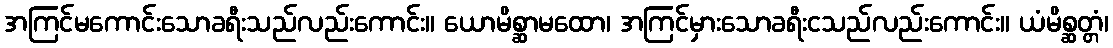
အကြင်မကောင်းသောခရီးသည်လည်းကောင်း။ ယောမိစ္ဆာမထော၊ အကြင်မှားသောခရီးငသည်လည်းကောင်း။ ယံမိစ္ဆတ္တံ၊